Rakvere_kinnistusamet, lk 43
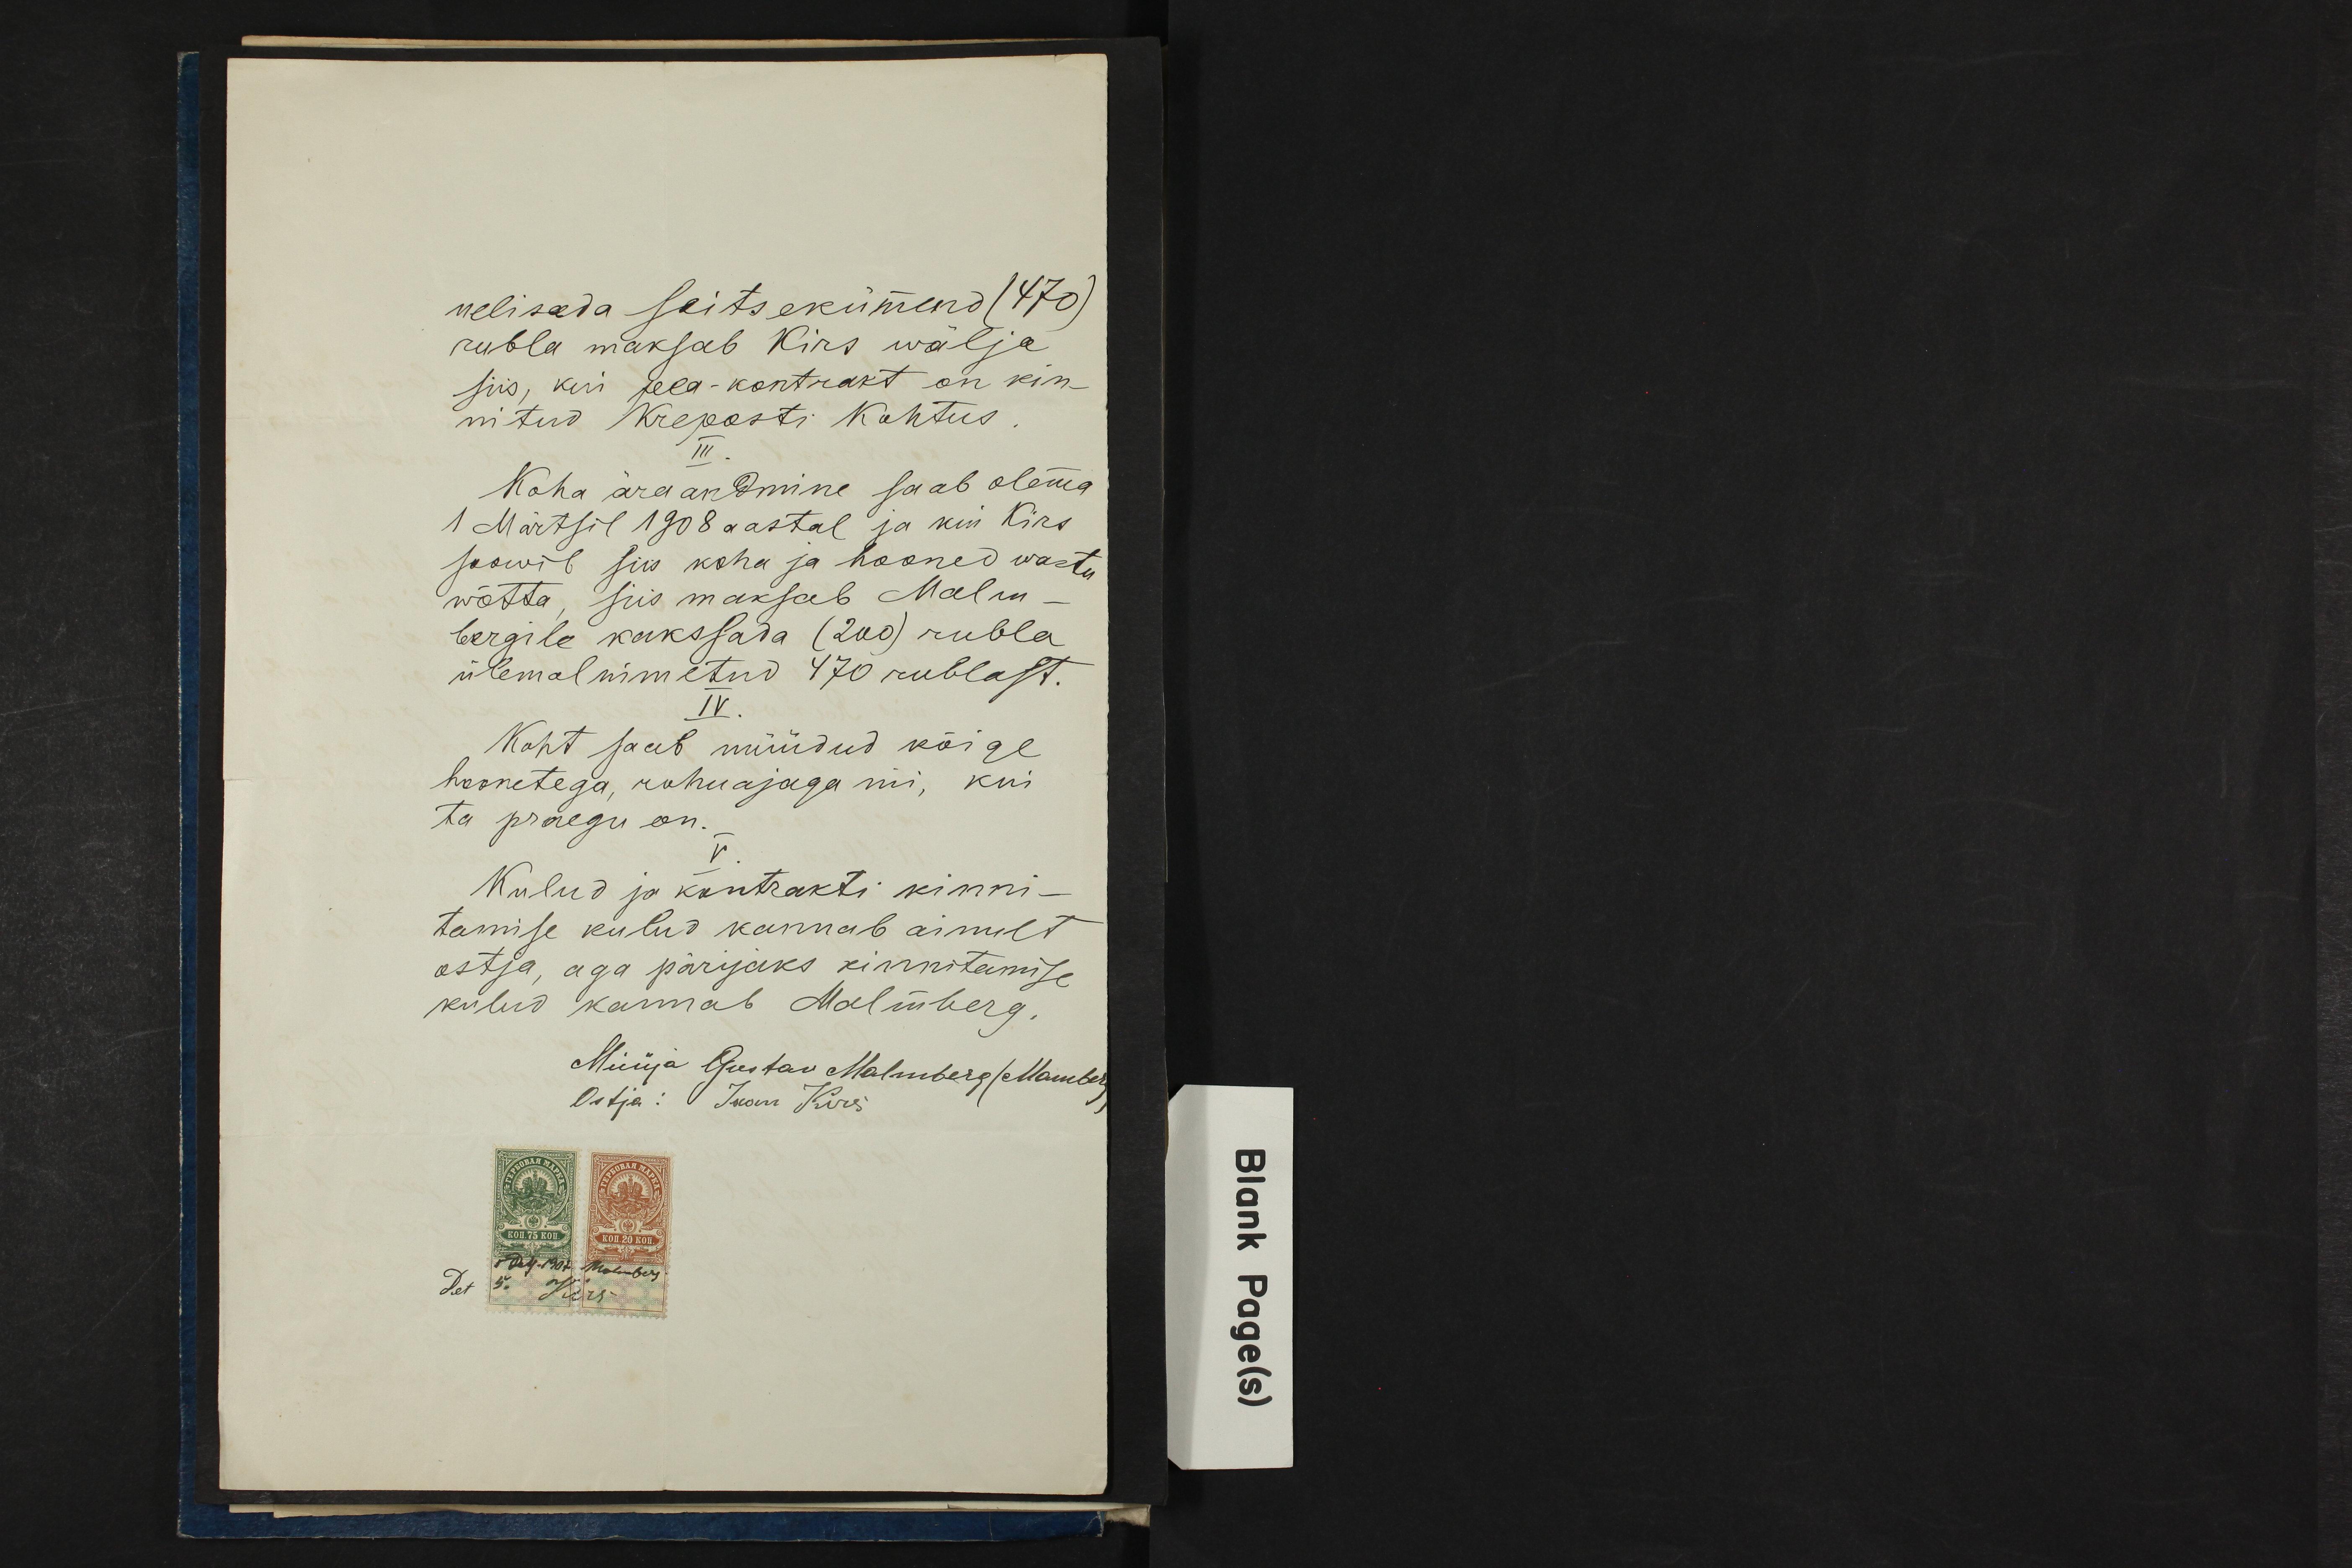
nelisada seitsekümmend ( 470)
rubla maksab Kirs wälja
siis, kui pea-kontrakt on kin-
nitud Kreposti Kohtus.
III
Koha ära andmine saab olema
1 Märtsil 1908 aastal ja kui Kirs
soowib siis koha ja hooned wastu
wõtta, siis maksab Malm-
bergile kakssada (200) rubla
ülemal nimetud 470 rublast.
IV.
Koht saab müüdud kõige
hoonetega, rohuajaga nii, kui
ta praegu on.
V.
Kulud ja kontrakti kinni-
tamise kulud kannab ainult
ostja, aga pärijaks kinnitamise
kulud kannab Malmberg.
Müüja Gustav Malmberg/Manberg
Ostja: Jaan Kirs
Det